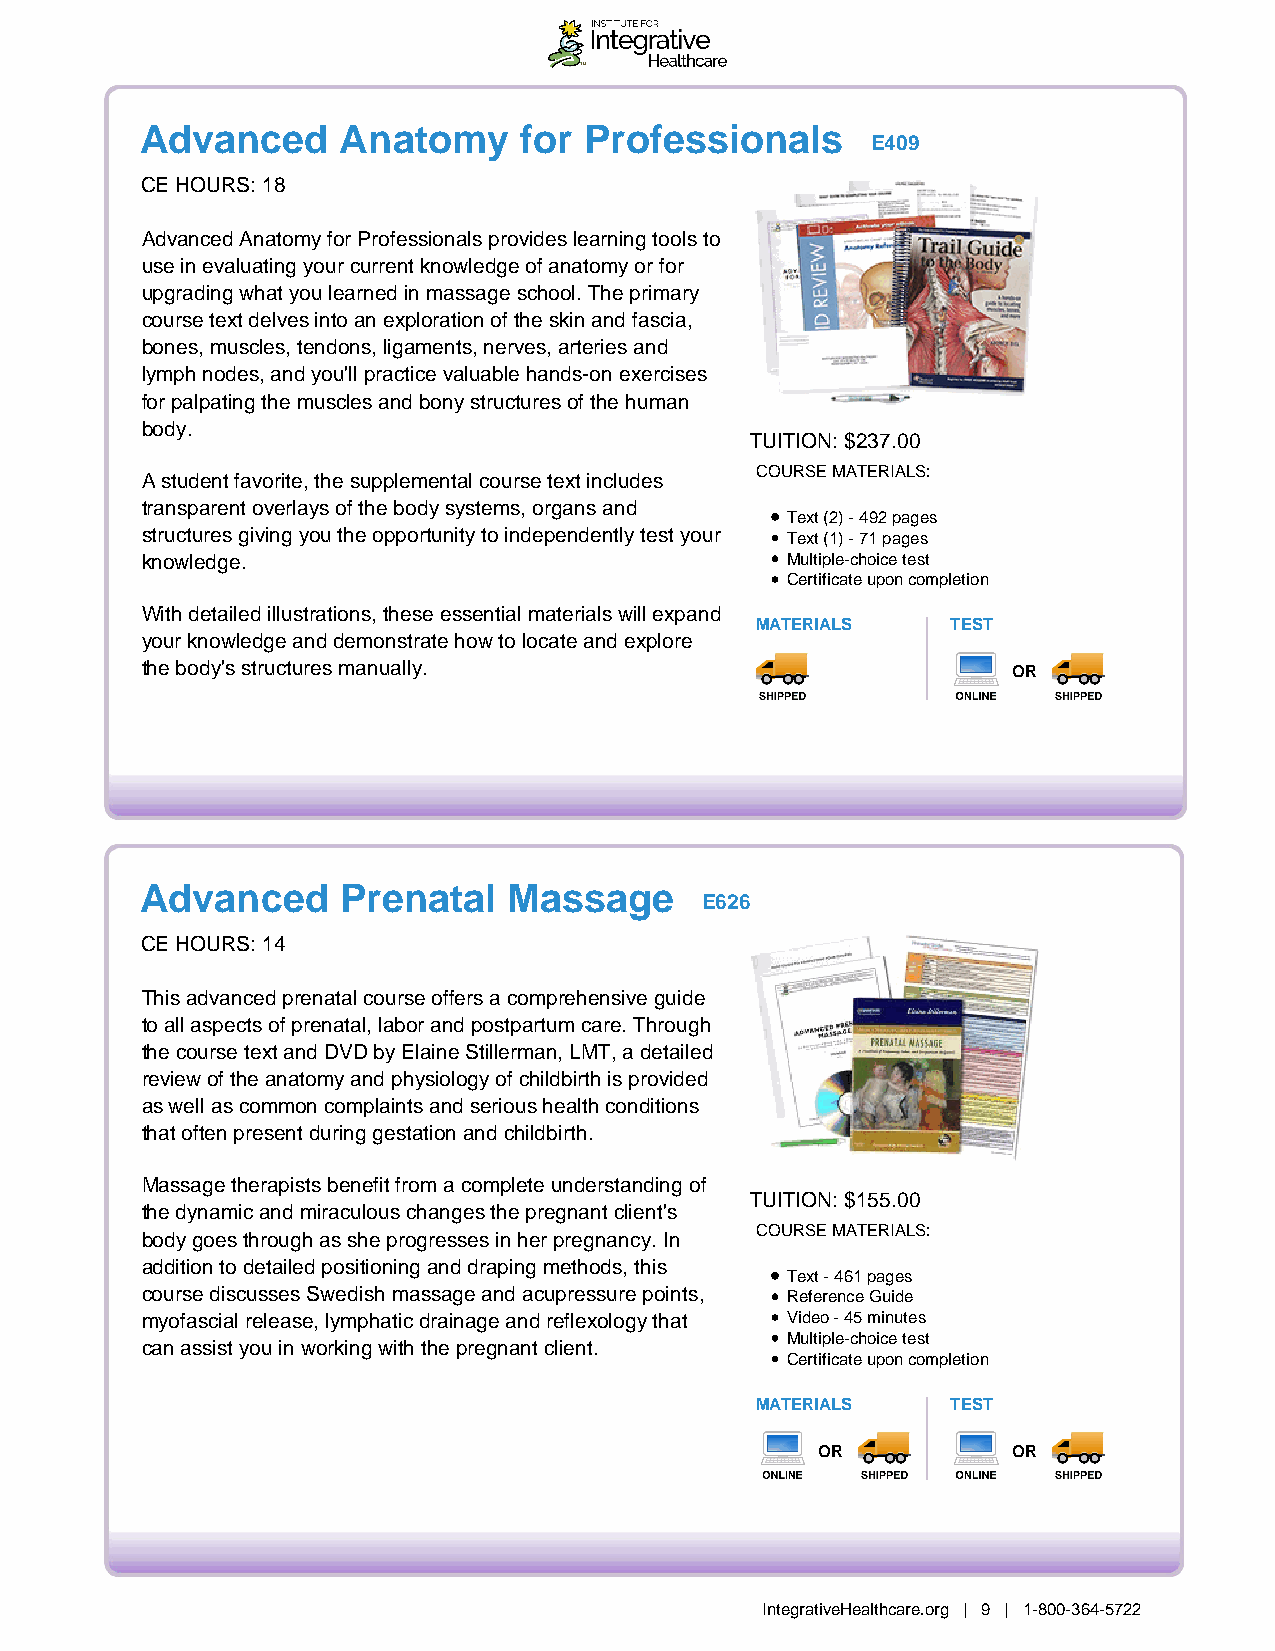
Advanced     Anatomy     for  Professionals
 E409
 CE HOURS: 18
 Advanced Anatomy for Professionals provides learning tools to
 use in evaluating your current knowledge of anatomy or for
 upgrading what you learned in massage school. The primary
 course text delves into an exploration of the skin and fascia,
 bones, muscles, tendons, ligaments, nerves, arteries and
 lymph nodes, and you'll practice valuable hands-on exercises
 for palpating the muscles and bony structures of the human
 body.
 TUITION: $237.00
 COURSE MATERIALS:
 A student favorite, the supplemental course text includes
 transparent overlays of the body systems, organs and
 Text (2) - 492 pages
 structures giving you the opportunity to independently test your Text (1) - 71 pages
 knowledge.                                 Multiple-choice test
 Certificate upon completion
 With detailed illustrations, these essential materials will expand
 MATERIALS    TEST
 your knowledge and demonstrate how to locate and explore
 the body's structures manually.                           OR
 Advanced     Prenatal    Massage
 E626
 CE HOURS: 14
 This advanced prenatal course offers a comprehensive guide
 to all aspects of prenatal, labor and postpartum care. Through
 the course text and DVD by Elaine Stillerman, LMT, a detailed
 review of the anatomy and physiology of childbirth is provided
 as well as common complaints and serious health conditions
 that often present during gestation and childbirth.
 Massage therapists benefit from a complete understanding of
 TUITION: $155.00
 the dynamic and miraculous changes the pregnant client's
 COURSE MATERIALS:
 body goes through as she progresses in her pregnancy. In
 addition to detailed positioning and draping methods, this
 Text - 461 pages
 course discusses Swedish massage and acupressure points, Reference Guide
 myofascial release, lymphatic drainage and reflexology that Video - 45 minutes
 Multiple-choice test
 can assist you in working with the pregnant client.
 Certificate upon completion
 MATERIALS    TEST
 OR           OR
 IntegrativeHealthcare.org | 9 | 1-800-364-5722